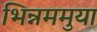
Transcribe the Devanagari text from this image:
भिन्नममुया